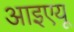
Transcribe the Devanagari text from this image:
आइएयू